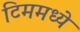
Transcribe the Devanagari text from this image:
टिममध्ये